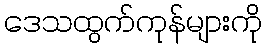
ဒေသထွက်ကုန်များကို